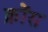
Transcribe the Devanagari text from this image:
क्रोंस